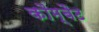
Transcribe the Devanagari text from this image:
कौम्बैट